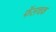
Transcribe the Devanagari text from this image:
फॅलचक